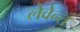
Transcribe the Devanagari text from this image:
लेवेन्त